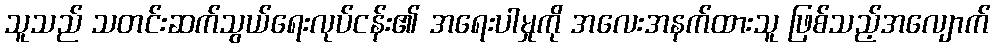
သူသည် သတင်းဆက်သွယ်ရေးလုပ်ငန်း၏ အရေးပါမှုကို အလေးအနက်ထားသူ ဖြစ်သည့်အလျောက်